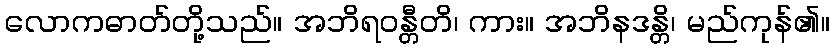
လောကဓာတ်တို့သည်။ အဘိရဝန္တီတိ၊ ကား။ အဘိနဒန္တိ၊ မည်ကုန်၏။